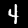
Label: 4